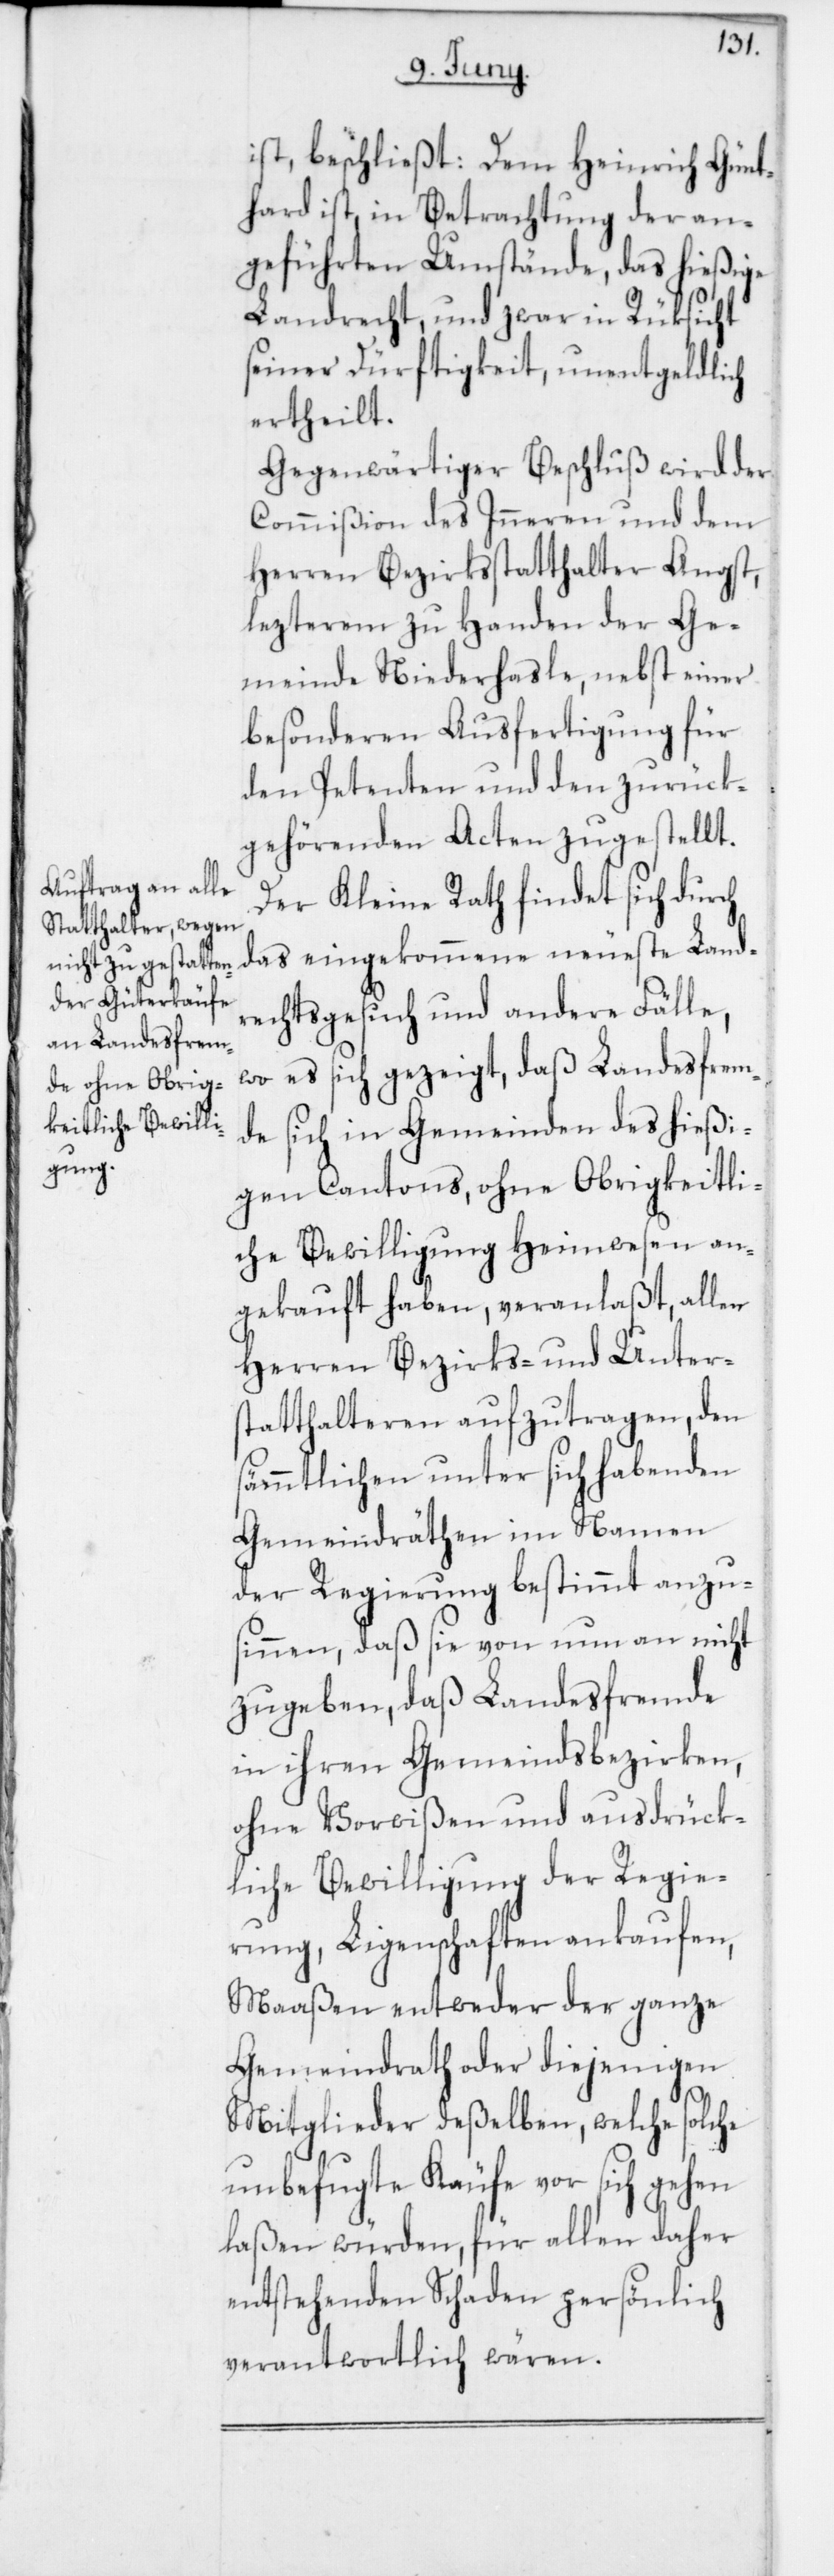
ist, beschließt: Dem Heinrich Günt¬
hard ist, in Betrachtung der an¬
geführten Umstände, das hießige
Landrecht, und zwar in Rüksicht
seiner Dürftigkeit, unentgeldlich
ertheilt.
Gegenwärtiger Beschluß wird der
Commißion des Inneren und dem
Herren Bezirksstatthalter Angst,
lezterem zu Handen der Ge¬
meinde Niederhasle, nebst einer
besonderen Ausfertigung für
den Petenten und den zurük¬
gehörenden Acten zugestellt.
Der Kleine Rath findet sich durch
das eingekommene neueste Land¬
rechtsgesuch und andere Fälle,
wo es sich gezeigt, daß Landesfrem¬
de sich in Gemeinden des hießi¬
gen Cantons, ohne Obrigkeitli¬
che Bewilligung Heimwesen an¬
gekauft haben, veranlaßt, allen
Herren Bezirks- und Unter¬
statthalteren aufzutragen, den
sämmtlichen unter sich habenden
Gemeindräthen im Namen
der Regierung bestimmt anzus¬
innen, daß sie von nun an nicht
zugeben, daß Landesfremde
in ihren Gemeindsbezirken,
ohne Vorwißen und ausdrück¬
liche Bewilligung der Regie¬
rung, Ligenschaften ankaufen,
Maaßen entweder der ganze
Gemeindrath oder diejenigen
Mitglieder deßelben, welche solche
unbefugte Käufe vor sich gehen
laßen würden, für allen daher
entstehenden Schaden persönlich
verantwortlich wären.